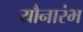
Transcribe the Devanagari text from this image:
यौनारंभ